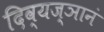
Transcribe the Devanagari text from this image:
दिव्यज्ञानं